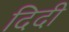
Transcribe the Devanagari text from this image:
दिदी